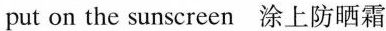
put on the sunscreen 涂上防晒霜